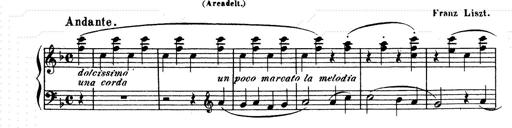
Title: Ave Maria d' Arcadelt
Composer: Franz Liszt